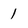
Character: 1